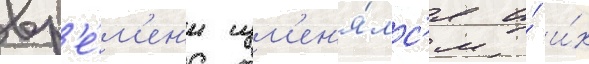
вр'е́м'ен'и изм'ен'я́лс'я и́ и́х